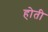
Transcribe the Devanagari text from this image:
होती